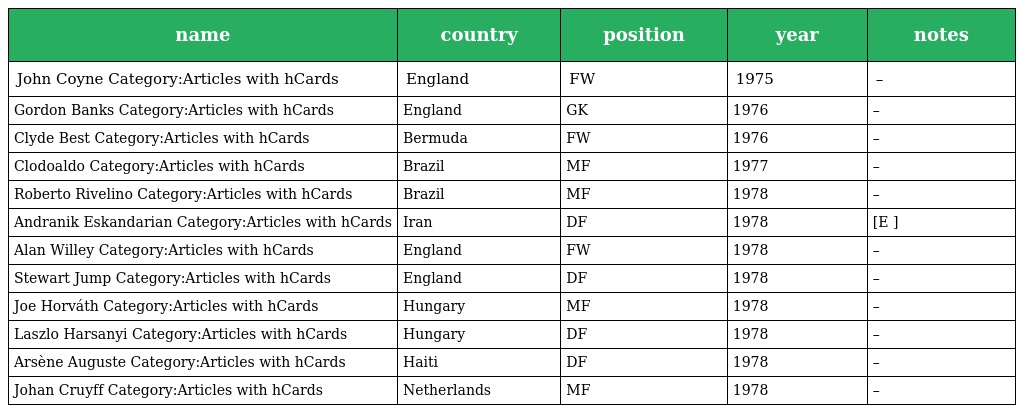
| name | country | position | year | notes |
 | --- | --- | --- | --- | --- |
 | John Coyne Category:Articles with hCards | England | FW | 1975 | – |
 | Gordon Banks Category:Articles with hCards | England | GK | 1976 | – |
 | Clyde Best Category:Articles with hCards | Bermuda | FW | 1976 | – |
 | Clodoaldo Category:Articles with hCards | Brazil | MF | 1977 | – |
 | Roberto Rivelino Category:Articles with hCards | Brazil | MF | 1978 | – |
 | Andranik Eskandarian Category:Articles with hCards | Iran | DF | 1978 | [E ] |
 | Alan Willey Category:Articles with hCards | England | FW | 1978 | – |
 | Stewart Jump Category:Articles with hCards | England | DF | 1978 | – |
 | Joe Horváth Category:Articles with hCards | Hungary | MF | 1978 | – |
 | Laszlo Harsanyi Category:Articles with hCards | Hungary | DF | 1978 | – |
 | Arsène Auguste Category:Articles with hCards | Haiti | DF | 1978 | – |
 | Johan Cruyff Category:Articles with hCards | Netherlands | MF | 1978 | – |